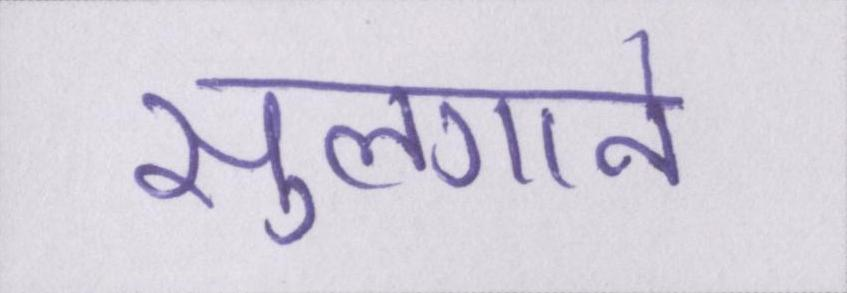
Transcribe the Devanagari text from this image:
सुलगाने